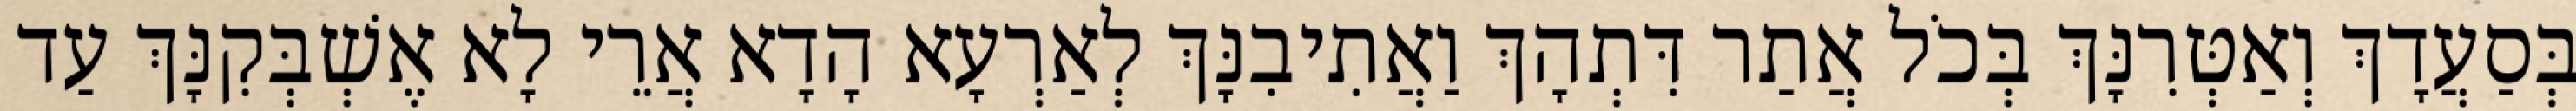
בְּסַעֲדָךְ וְאַטְּרִנָּךְ בְּכֹל אֲתַר דִּתְהָךְ וַאֲתִיבִנָּךְ לְאַרְעָא הָדָא אֲרֵי לָא אֶשְׁבְּקִנָּךְ עַד